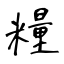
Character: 糧